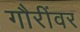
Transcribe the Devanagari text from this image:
गौरींवर